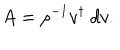
A = \rho ^ { - 1 } v ^ { \dagger } \ d v .